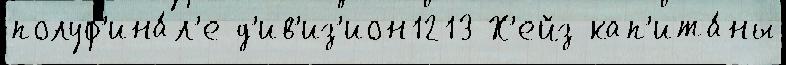
полуф'ина́л'е д'ив'из'ион1213 Х'ейз кап'ита́ны